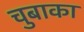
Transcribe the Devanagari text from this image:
चुबाका